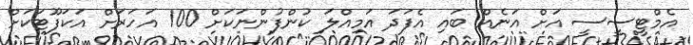
އެމްޓީސީސީ އަށް އަނެއް ބައި އެފަދަ އަމިއްލަ ކުންފުންނަކަށް 100 އަހަރަށް އަކަފޫޓަކަށް